Leaving Certificate Examination, 1912
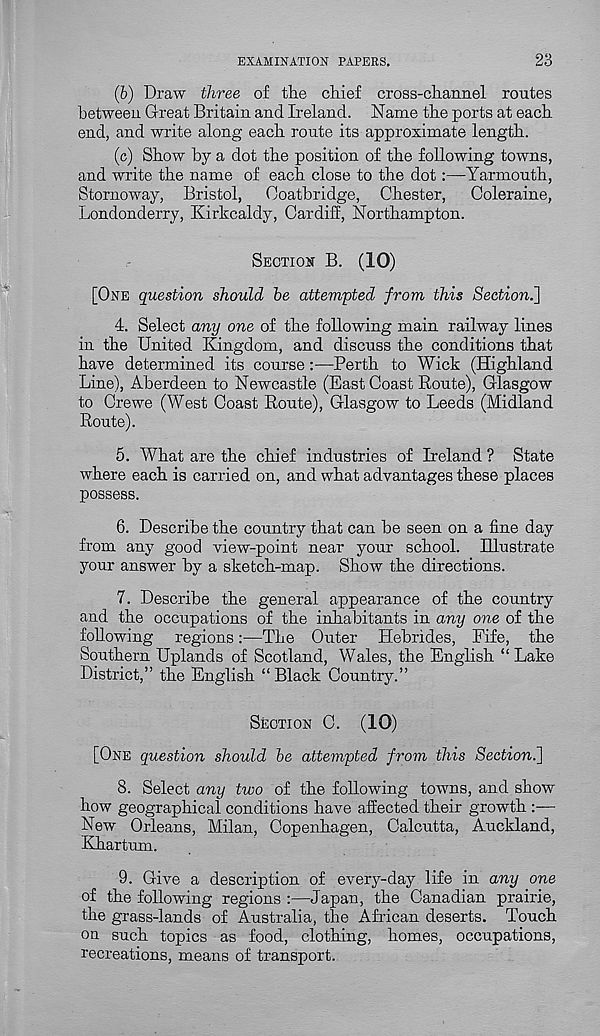
EXAMINATION PAPERS.
23
(b) Draw three of the chief cross-channel routes
between Great Britain and Ireland. Name the ports at each
end, and write along each route its approximate length.
(c) Show by a dot the position of the following towns,
and write the name of each close to the dot:—Yarmouth,
Stornoway, Bristol, Coatbridge, Chester, Coleraine,
Londonderry, Kirkcaldy, Cardiff, Northampton.
SECTIOU B. (10)
[ONE question should be attempted from this Section.^
4. Select any one of the following main railway lines
in the United Kingdom, and discuss the conditions that
have determined its course:—Perth to Wick (Highland
Line), Aberdeen to Newcastle (East Coast Route), Glasgow
to Crewe (West Coast Route), Glasgow to Leeds (Midland
Route).
5. What are the chief industries of Ireland ? State
where each is carried on, and what advantages these places
possess.
6. Describe the country that can be seen on a fine day
from any good view-point near your school. Illustrate
your answer by a sketch-map. Show the directions.
7. Describe the general appearance of the country
and the occupations of the inhabitants in any one of the
following regions:—The Outer Hebrides, Fife, the
Southern Uplands of Scotland, Wales, the English “Lake
District,” the English “Black Country.”
SECTION C. (10)
[ONE question should be attempted from this Section^]
8. Select any two of the following towns, and show
how geographical conditions have affected their growth -
New Orleans, Milan, Copenhagen, Calcutta, Auckland,
Khartum.
9. Give a description of every-day life in any one
of the following regions :—Japan, the Canadian prairie,
the grass-lands of Australia, the African deserts. Touch
on such topics as food, clothing, homes, occupations,
recreations, means of transport.